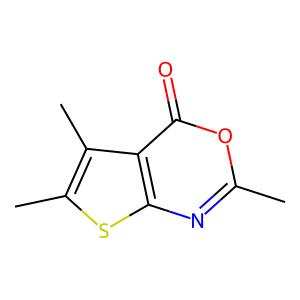
SMILES: Cc1nc2sc(C)c(C)c2c(=O)o1
Inhibits HIV replication: No